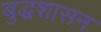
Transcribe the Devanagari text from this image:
बुद्धशासन